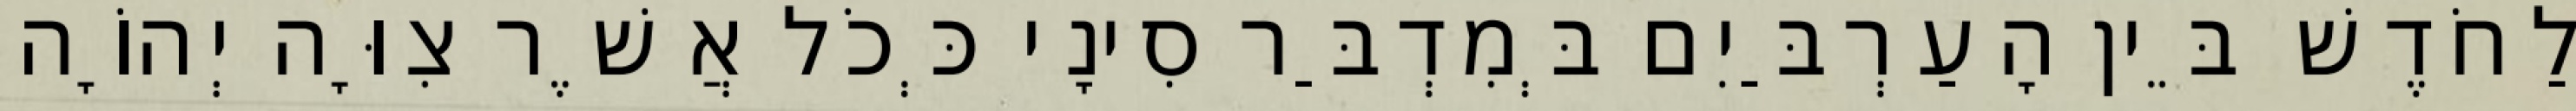
לַחֹדֶשׁ בֵּין הָעַרְבַּיִם בְּמִדְבַּר סִינָי כְּכֹל אֲשֶׁר צִוָּה יְהוָֹה